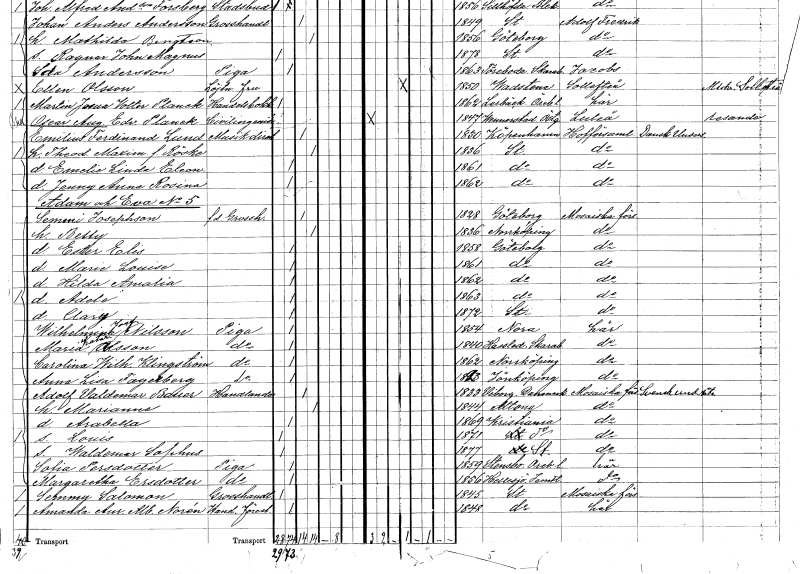
gt_parse: households: individuals: FN: Semmi
EN: Josephson
YRKE: Grosshandlare f.d.
KON: M
CIV: G
FODAR: 1828
FODFORS: Göteborg Göteborgs- och Bohuslän
FN: Betty
KON: K
CIV: G
FODAR: 1836
FODFORS: Norrköping Östergötlands län
FN: Ester Elisabet
KON: K
CIV: O
FODAR: 1858
FODFORS: Göteborg Göteborgs- och Bohuslän
FN: Marie Louise
KON: K
CIV: O
FODAR: 1861
FODFORS: Göteborg Göteborgs- och Bohuslän
FN: Hilda Amalia
KON: K
CIV: O
FODAR: 1862
FODFORS: Göteborg Göteborgs- och Bohuslän
FN: Adele
KON: K
CIV: O
FODAR: 1863
FODFORS: Göteborg Göteborgs- och Bohuslän
FN: Clary
KON: K
CIV: O
FODAR: 1872
FODFORS: Stockholm
FN: Wilhelmina Josefina
EN: Nilsson
YRKE: Piga
KON: K
CIV: O
FODAR: 1854
FN: Maria Katarina
EN: Olsson
YRKE: Piga
KON: K
CIV: O
FODAR: 1840
FODFORS: Hassle Skaraborgs län
FN: Carolina Wilhelmina
EN: Klingström
YRKE: Piga
KON: K
CIV: O
FODAR: 1862
FODFORS: Norrköping Östergötlands län
FN: Anna Lisa
EN: Fogelberg
YRKE: Piga
KON: K
CIV: O
FODAR: 1823
FODFORS: Jönköping Jönköpings län
FN: Adolf Valdemar
EN: Bauer
YRKE: Handlande
KON: M
CIV: G
FODAR: 1833
FN: Marianne
KON: K
CIV: G
FODAR: 1844
FN: Arabella
KON: K
CIV: O
FODAR: 1869
FN: Louis
KON: M
CIV: O
FODAR: 1871
FN: Waldemar Sofhus
KON: M
CIV: O
FODAR: 1877
FODFORS: Stockholm
FN: Sofia
EN: Persdotter
YRKE: Piga
KON: K
CIV: O
FODAR: 1859
FODFORS: Stenbo Örebro län
FN: Margaretha
EN: Ersdotter
YRKE: Piga
KON: K
CIV: O
FODAR: 1856
FODFORS: Hällesjö Jämtlands län
FN: Semmy
EN: Salomon
YRKE: Grosshandlare
KON: M
CIV: O
FODAR: 1845
FODFORS: Stockholm
FN: Amanda Aurora Albertina
EN: Norén
YRKE: Handelsföreståndare
KON: K
CIV: O
FODAR: 1848
FODFORS: Stockholm